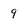
Character: 9